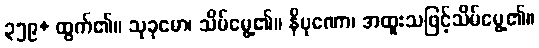
၃၅၉+ ထွက်၏။ သုခုမော၊ သိမ်မွေ့၏။ နိပုဏော၊ အထူးသဖြင့်သိမ်မွေ့၏။